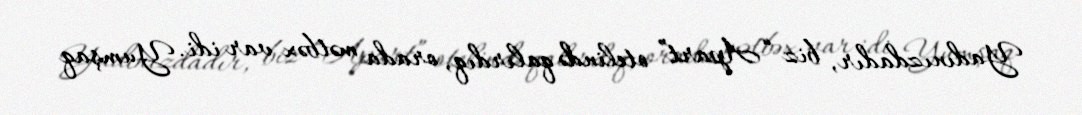
Yadınızdadır, biz “Apart” otelində qalırdıq, orada mətbəx var idi. Yumşaq